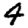
Digit: 4